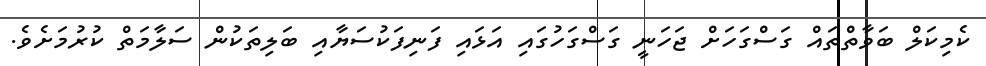
ކެމިކަލް ބަވާތްތައް ގަސްގަހަށް ޖަހަނީ ގަސްގަހުގައި އަޅައި ފަނިފަކުސަޔާއި ބަލިތަކުން ސަލާމަތް ކުރުމަށެވެ.